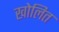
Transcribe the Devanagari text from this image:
खोलित